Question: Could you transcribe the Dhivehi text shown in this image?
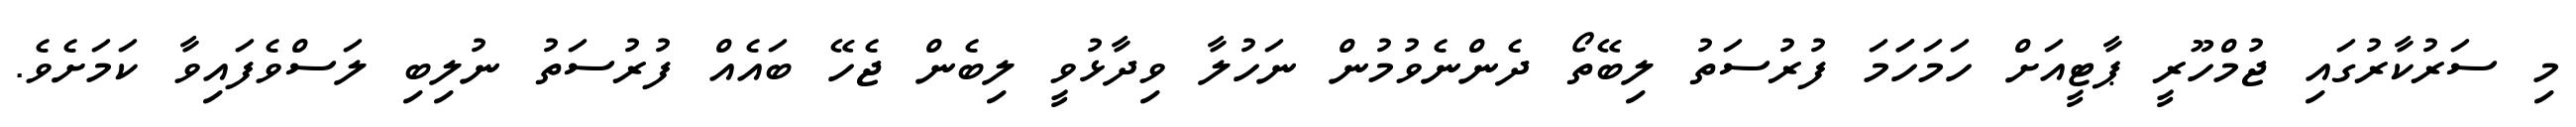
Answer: މި ސަރުކާރުގައި ޖުމްހޫރީ ޕާޓީއަށް ހަމަހަަމަ ފުރުސަތު ލިބޭތޯ ދެންނެވުމުން ނަހުލާ ވިދާޅުވީ ލިބެން ޖެހޭ ބައެއް ފުރުސަތު ނުލިބި ލަސްވެފައިވާ ކަމަށެވެ.